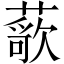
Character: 𬞢